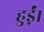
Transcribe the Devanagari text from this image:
हुई़ं।